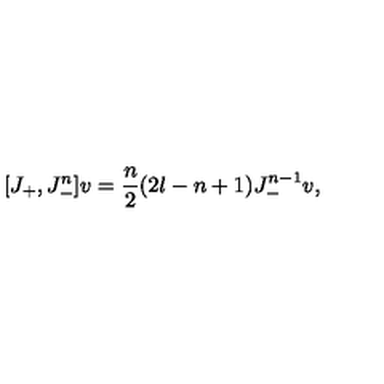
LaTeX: [ J _ { + } , J _ { - } ^ { n } ] v = { \frac { n } { 2 } } ( 2 l - n + 1 ) J _ { - } ^ { n - 1 } v ,